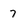
Character: 7